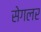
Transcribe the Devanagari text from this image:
सेगलर